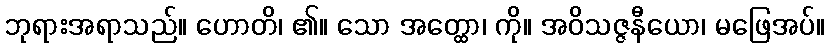
ဘုရားအရာသည်။ ဟောတိ၊ ၏။ သော အတ္ထော၊ ကို။ အဝိသဇ္ဇနီယော၊ မဖြေအပ်။